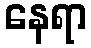
နေရာ